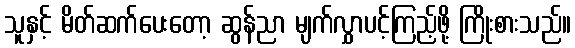
သူနှင့် မိတ်ဆက်ပေးတော့ ဆွန်ညာ မျက်လွှာပင့်ကြည့်ဖို့ ကြိုးစားသည်။